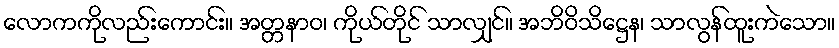
လောကကိုလည်းကောင်း။ အတ္တနာဝ၊ ကိုယ်တိုင် သာလျှင်။ အဘိဝိသိဋ္ဌေန၊ သာလွန်ထူးကဲသော။